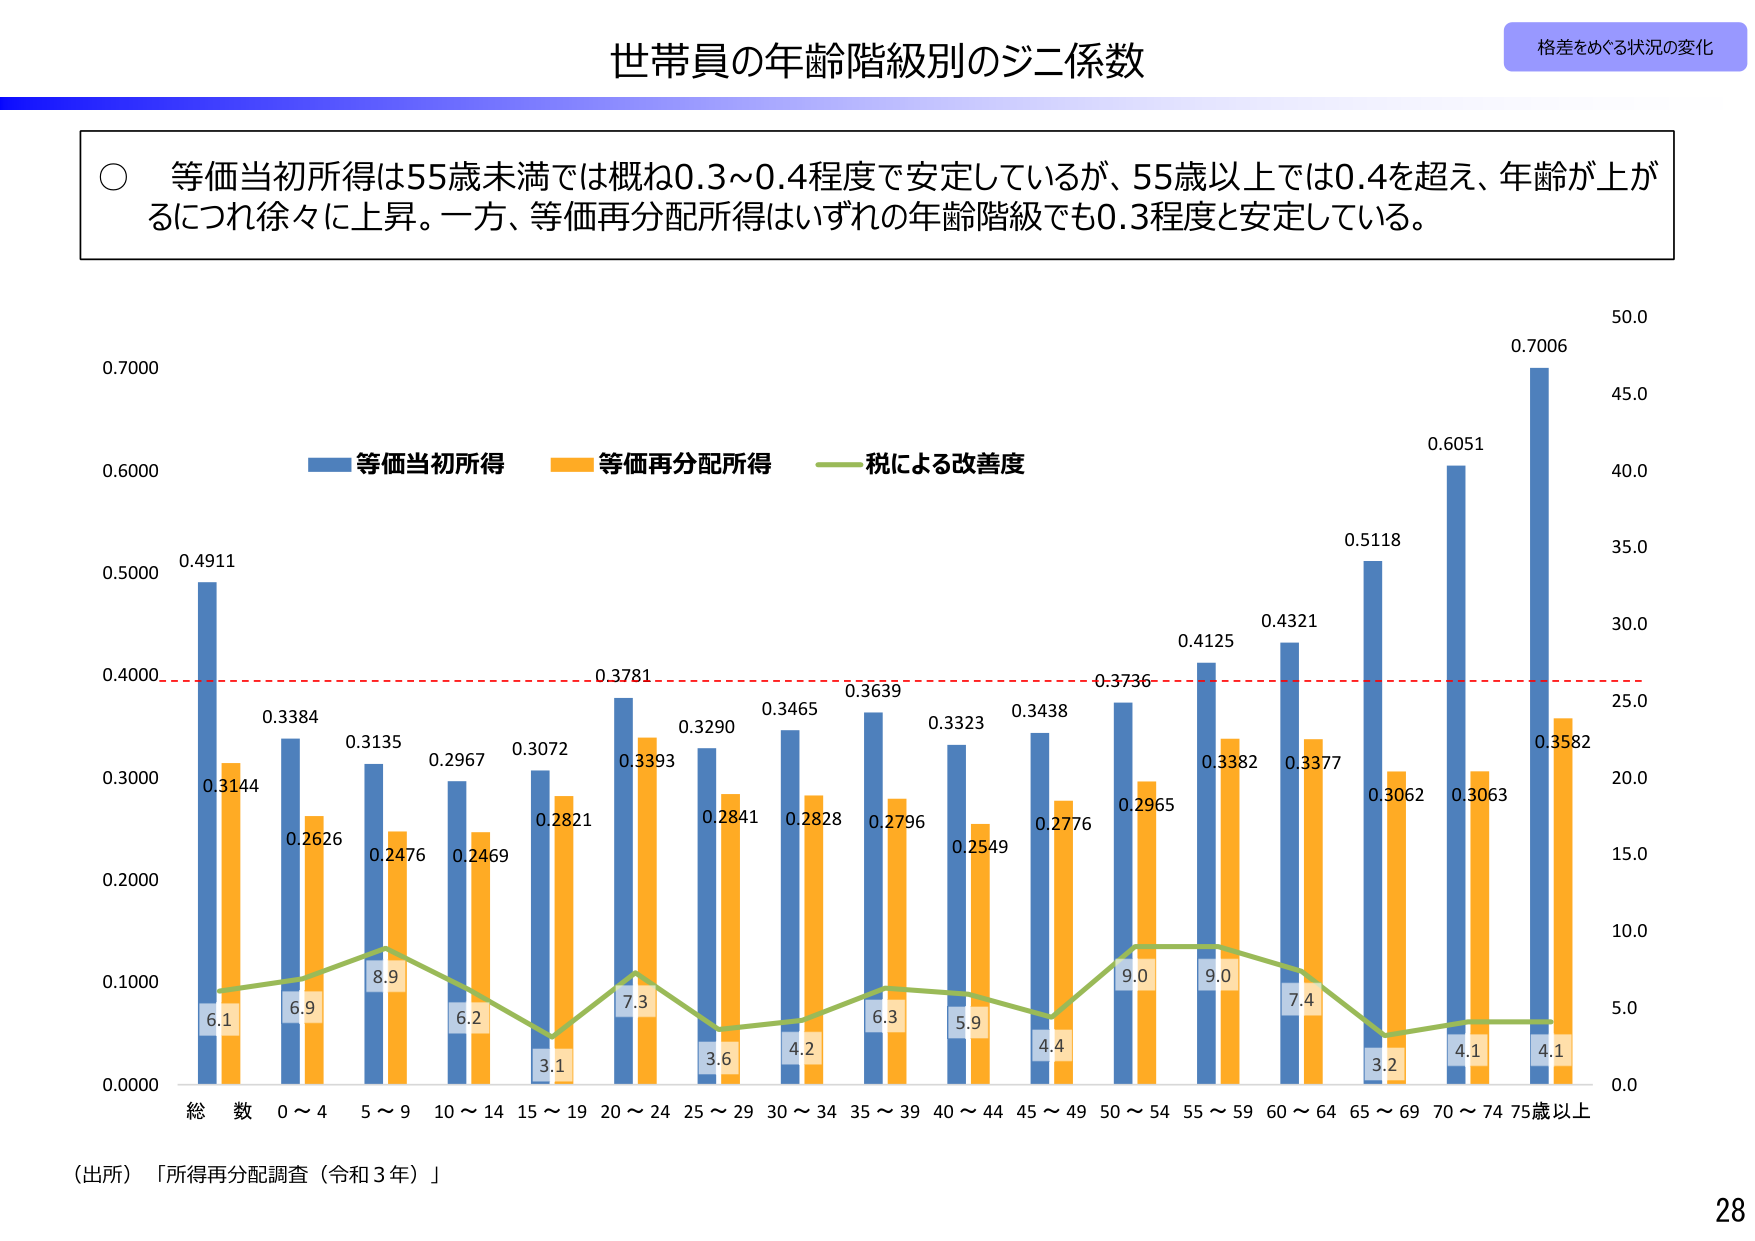
世帯員の年齢階級別のジニ係数

格差をめぐる状況の変化

○ 等価当初所得は55歳未満では概ね0.3～0.4程度で安定しているが、55歳以上では0.4を超え、年齢が上がるにつれ徐々に上昇。一方、等価再分配所得はいずれの年齢階級でも0.3程度と安定している。

等価当初所得
等価再分配所得
税による改善度

0.7000
0.6000
0.5000
0.4000
0.3000
0.2000
0.1000
0.0000

50.0
45.0
40.0
35.0
30.0
25.0
20.0
15.0
10.0
5.0
0.0

0.4911
0.3144
6.1

0.3384
0.2626
6.9

0.3135
0.2476
8.9

0.2967
0.2469
6.2

0.3072
0.2821
3.1

0.3781
0.3393
7.3

0.3290
0.2841
3.6

0.3465
0.2828
4.2

0.3639
0.2796
6.3

0.3323
0.2549
5.9

0.3438
0.2776
4.4

0.3736
0.2965
9.0

0.4125
0.3382
9.0

0.4321
0.3377
7.4

0.5118
0.3062
3.2

0.6051
0.3063
4.1

0.7006
0.3582
4.1

総 数
0～4
5～9
10～14
15～19
20～24
25～29
30～34
35～39
40～44
45～49
50～54
55～59
60～64
65～69
70～74
75歳以上

（出所）「所得再分配調査（令和３年）」

28